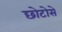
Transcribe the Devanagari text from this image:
छोटोसे